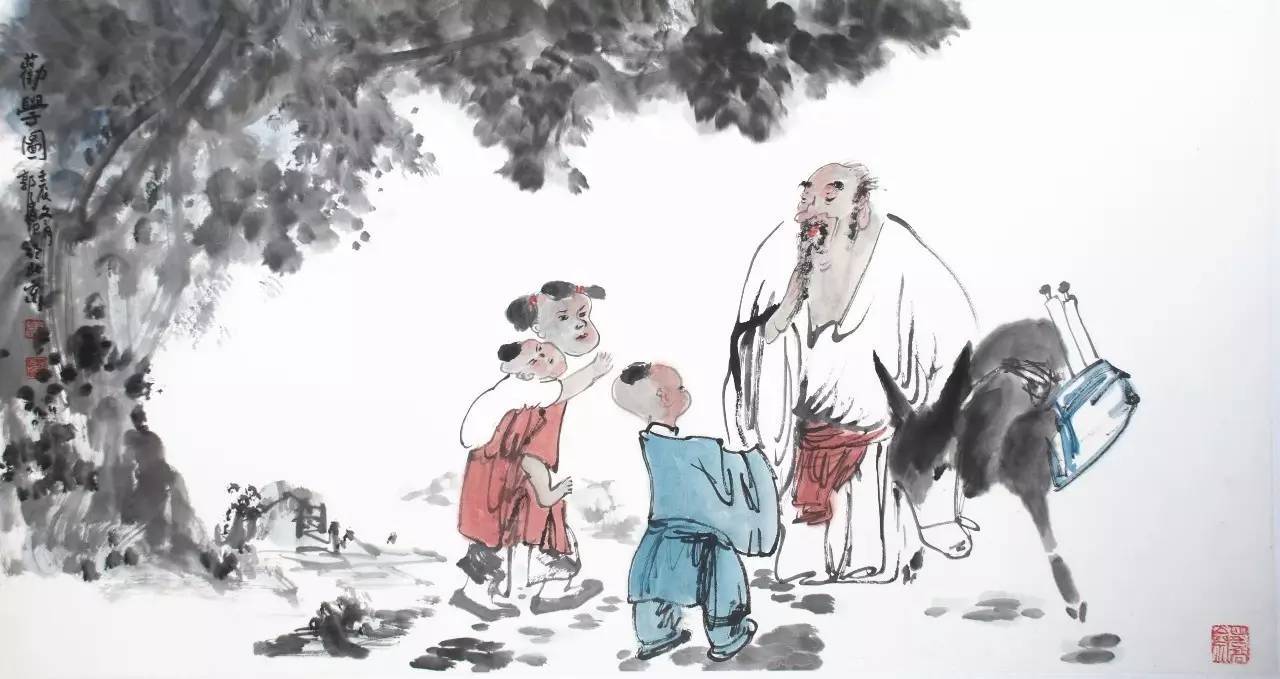
怠慢忘身，祸灾乃作。